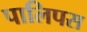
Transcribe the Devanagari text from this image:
पालिपस